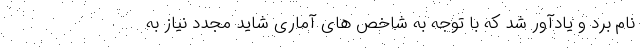
نام برد و یادآور شد که با توجه به شاخص های آماری شاید مجدد نیاز به